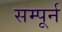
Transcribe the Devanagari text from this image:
सम्पूर्न